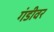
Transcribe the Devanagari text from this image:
गंडीवर